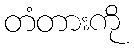
တံတားကို